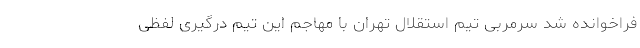
فراخوانده شد سرمربی تیم استقلال تهران با مهاجم این تیم درگیری لفظی